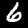
Label: 6